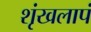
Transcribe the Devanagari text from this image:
शृंखलापं